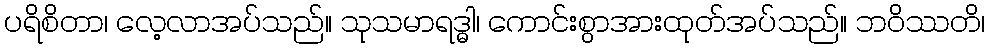
ပရိစိတာ၊ လေ့လာအပ်သည်။ သုသမာရဒ္ဓါ၊ ကောင်းစွာအားထုတ်အပ်သည်။ ဘဝိဿတိ၊